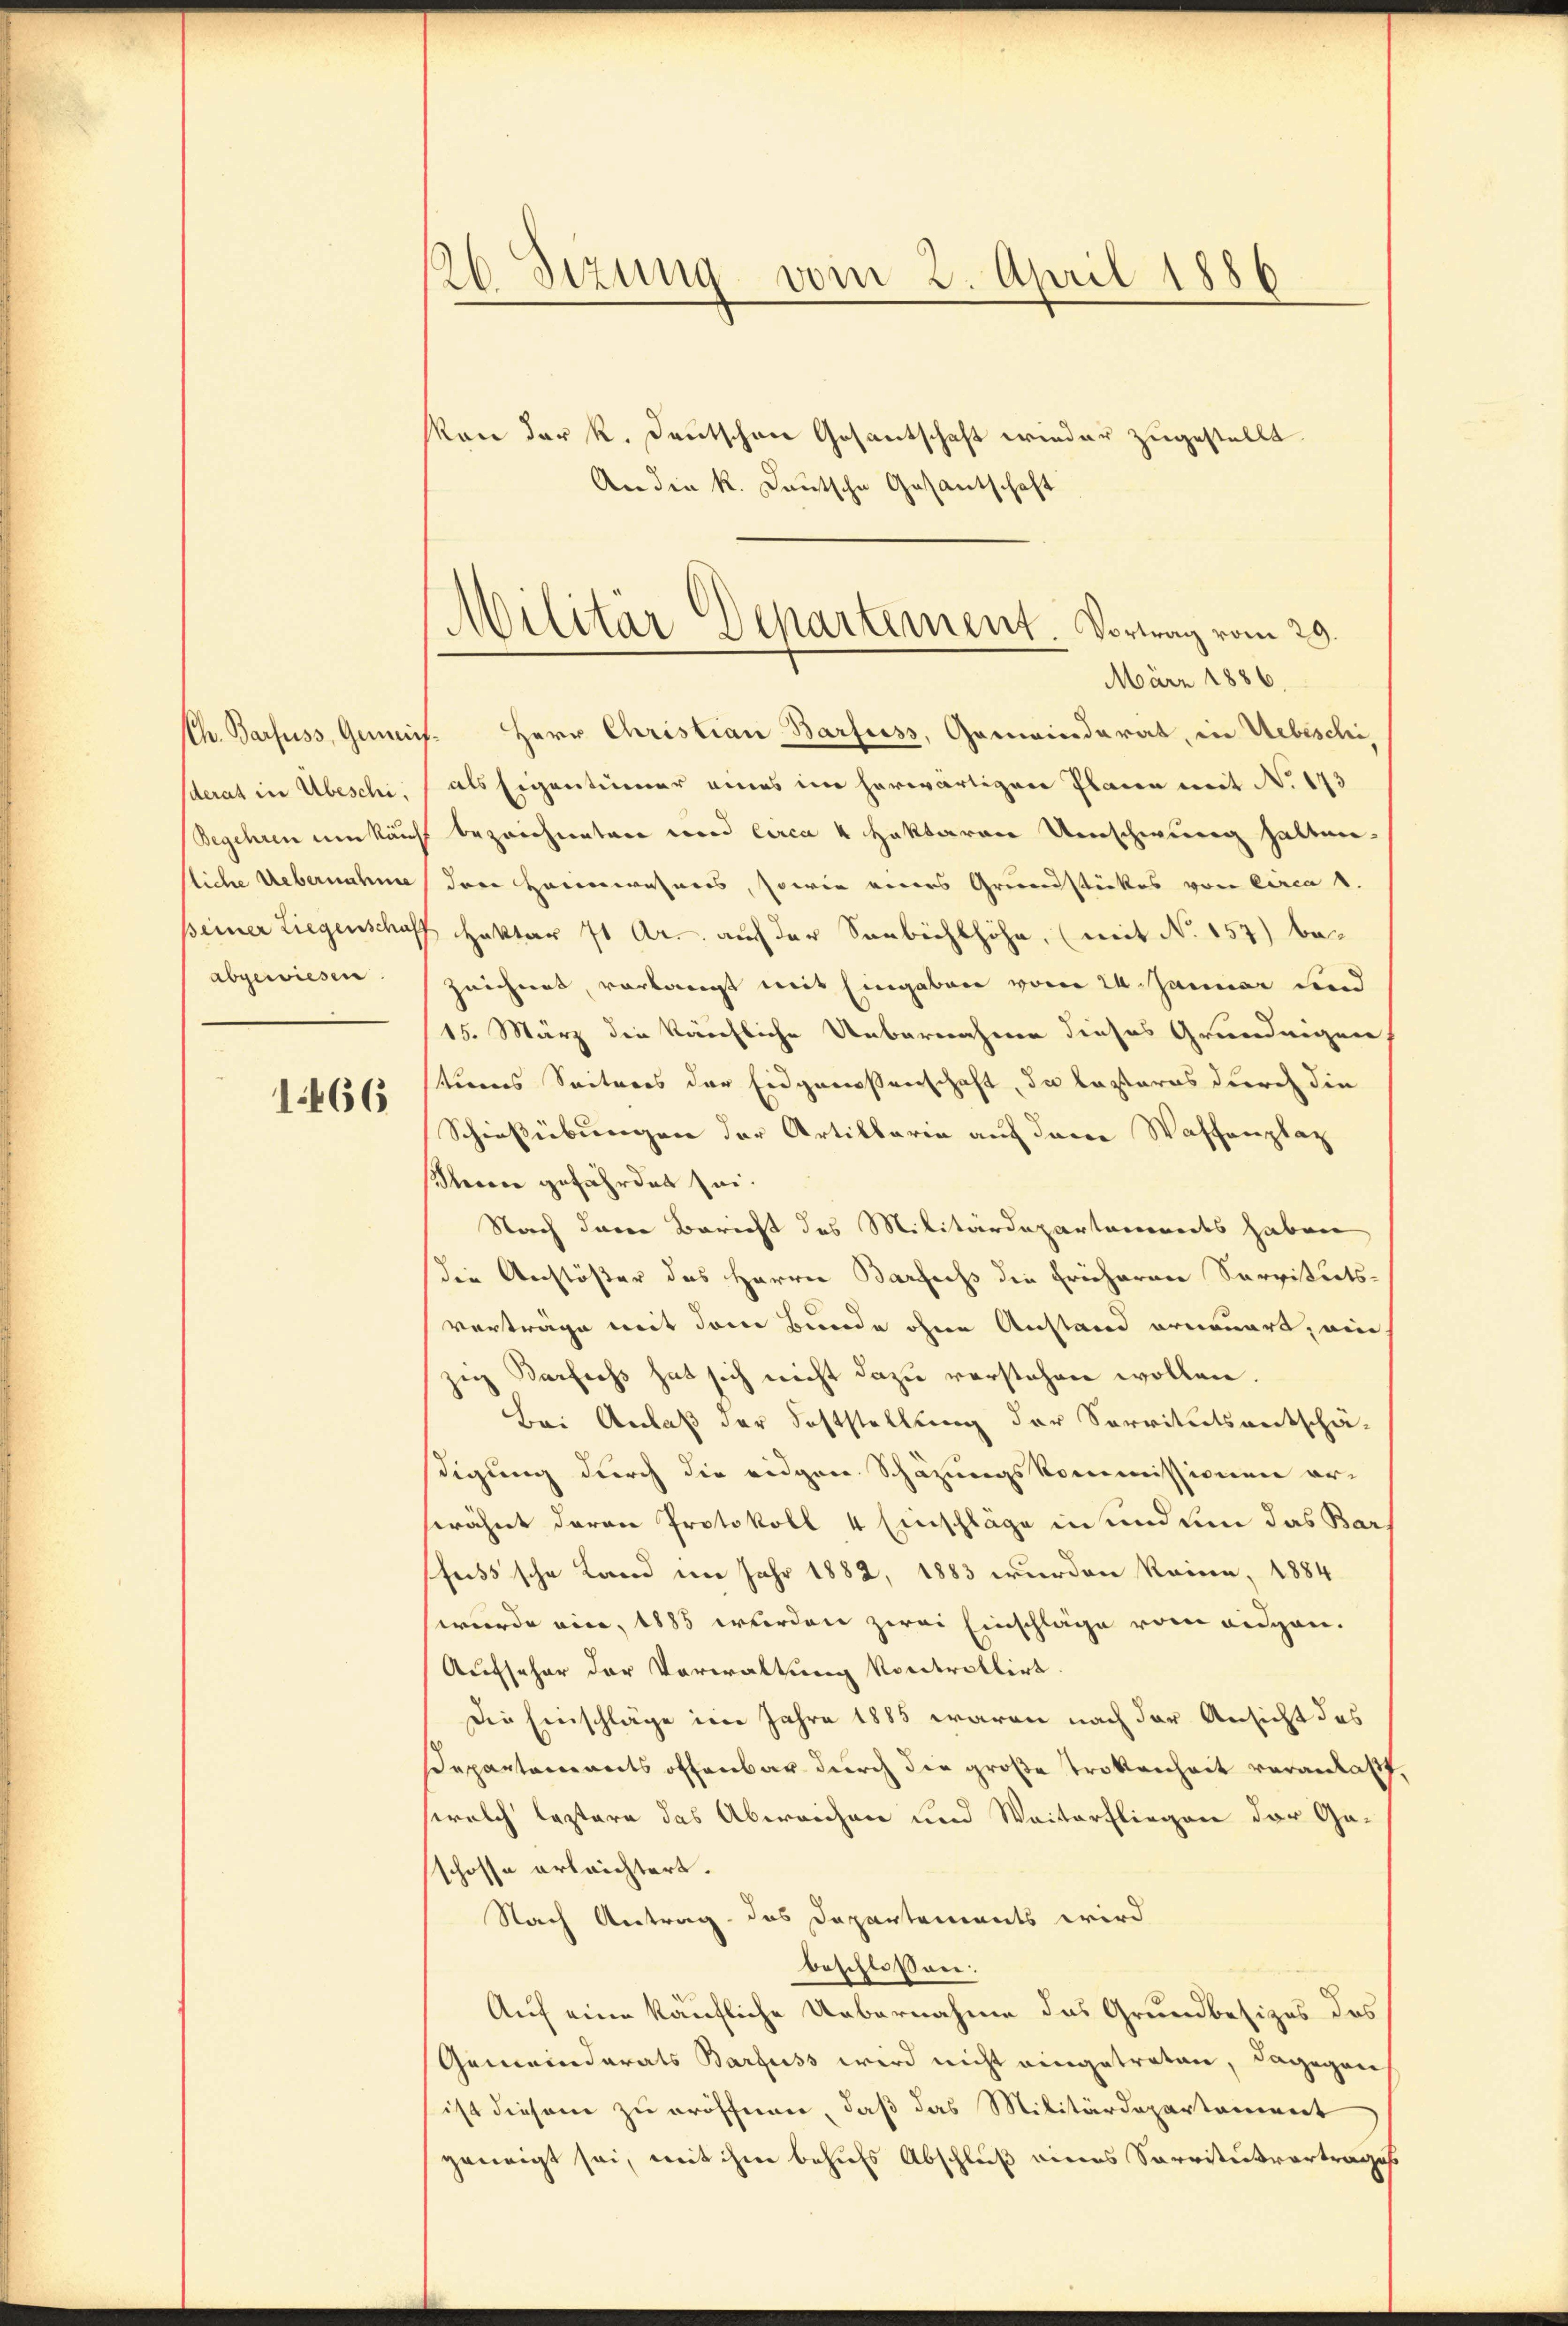
derat in Übeschi,
abgewiesen.

1466

126 Sezung vom 2. April 1886

Militär Departement Vortrag vom 29.
März 1886.

Von der K. Deutschen Gosantschaft wieder zugestellt.
An die k. Deutsche Gesantschaft
Ch. Barfuss, Gemeins. Herr Christian Barfuss, Gemeinderat, in Uebeschi,
als Eigentümer eines im herwärtigen Planen mit No. 173
Begehren um kauf bezeichneten und circa 4 Haktaren Umschwung halten.
liche Uebernahme der Heimwesens, sowie eines Grundstückes von Circa 1.
seiner Liegenschaff Hektor 71 Ar. auf der Sonbichlhöhe, (mit No. 157) be-
zeichnet, vorlangt mit Eingaben vom 24. Januar und
15. März die käuchliche Uebernahme dieses Grundeigen
terenes Seiteres der Eidgenossenschaft, da kasteres durch die
Schießübungen der Artillaria auf dene Waffenplatz
sheer gefährdet sei.
Nach davon Bericht des Militärdepartemendes haben
die Anstößer des Herrn Barfechs die Früheren Servituts-
vorträge mit dem Bunde ohne Anstand erneuert, ein
zig Bersiehs hat sich nicht dazu verstehen wollen.
Bei Anlaß der Feststellung der Servitutsentschä-
digung durch die eidgen Schazungskommissionen erserähnt daran Protokoll 4 Einschläge in und um das Bars
Pfusssche Land im Jahr 1882, 1883 wurden könne, 1884
wurde eine, 1888 werden zwei Einschläge vom eidgen.
Aufseher der Vorwaltung kontrollirt.
Die Einschläge im Jahre 1885 waren nach der Ansicht des
Departements offenbar durch die große Trottenheit veranlaßt,
welch leztere das Abweichen und Weiterfliegen der Ga-
schosse erleichtert.
Nach Antrag das Departements wird
beschlossen:
Auf eine käufliche Uebernahme das Grundbesizes des
Gemeinderats Barfuss wird nicht eingetreten, dagegen
ist diesem zu eröffnen, daß das Militärdepartoniert
geneigt sei, mit ihm behufs Abschluß eines Sarritusvortrages